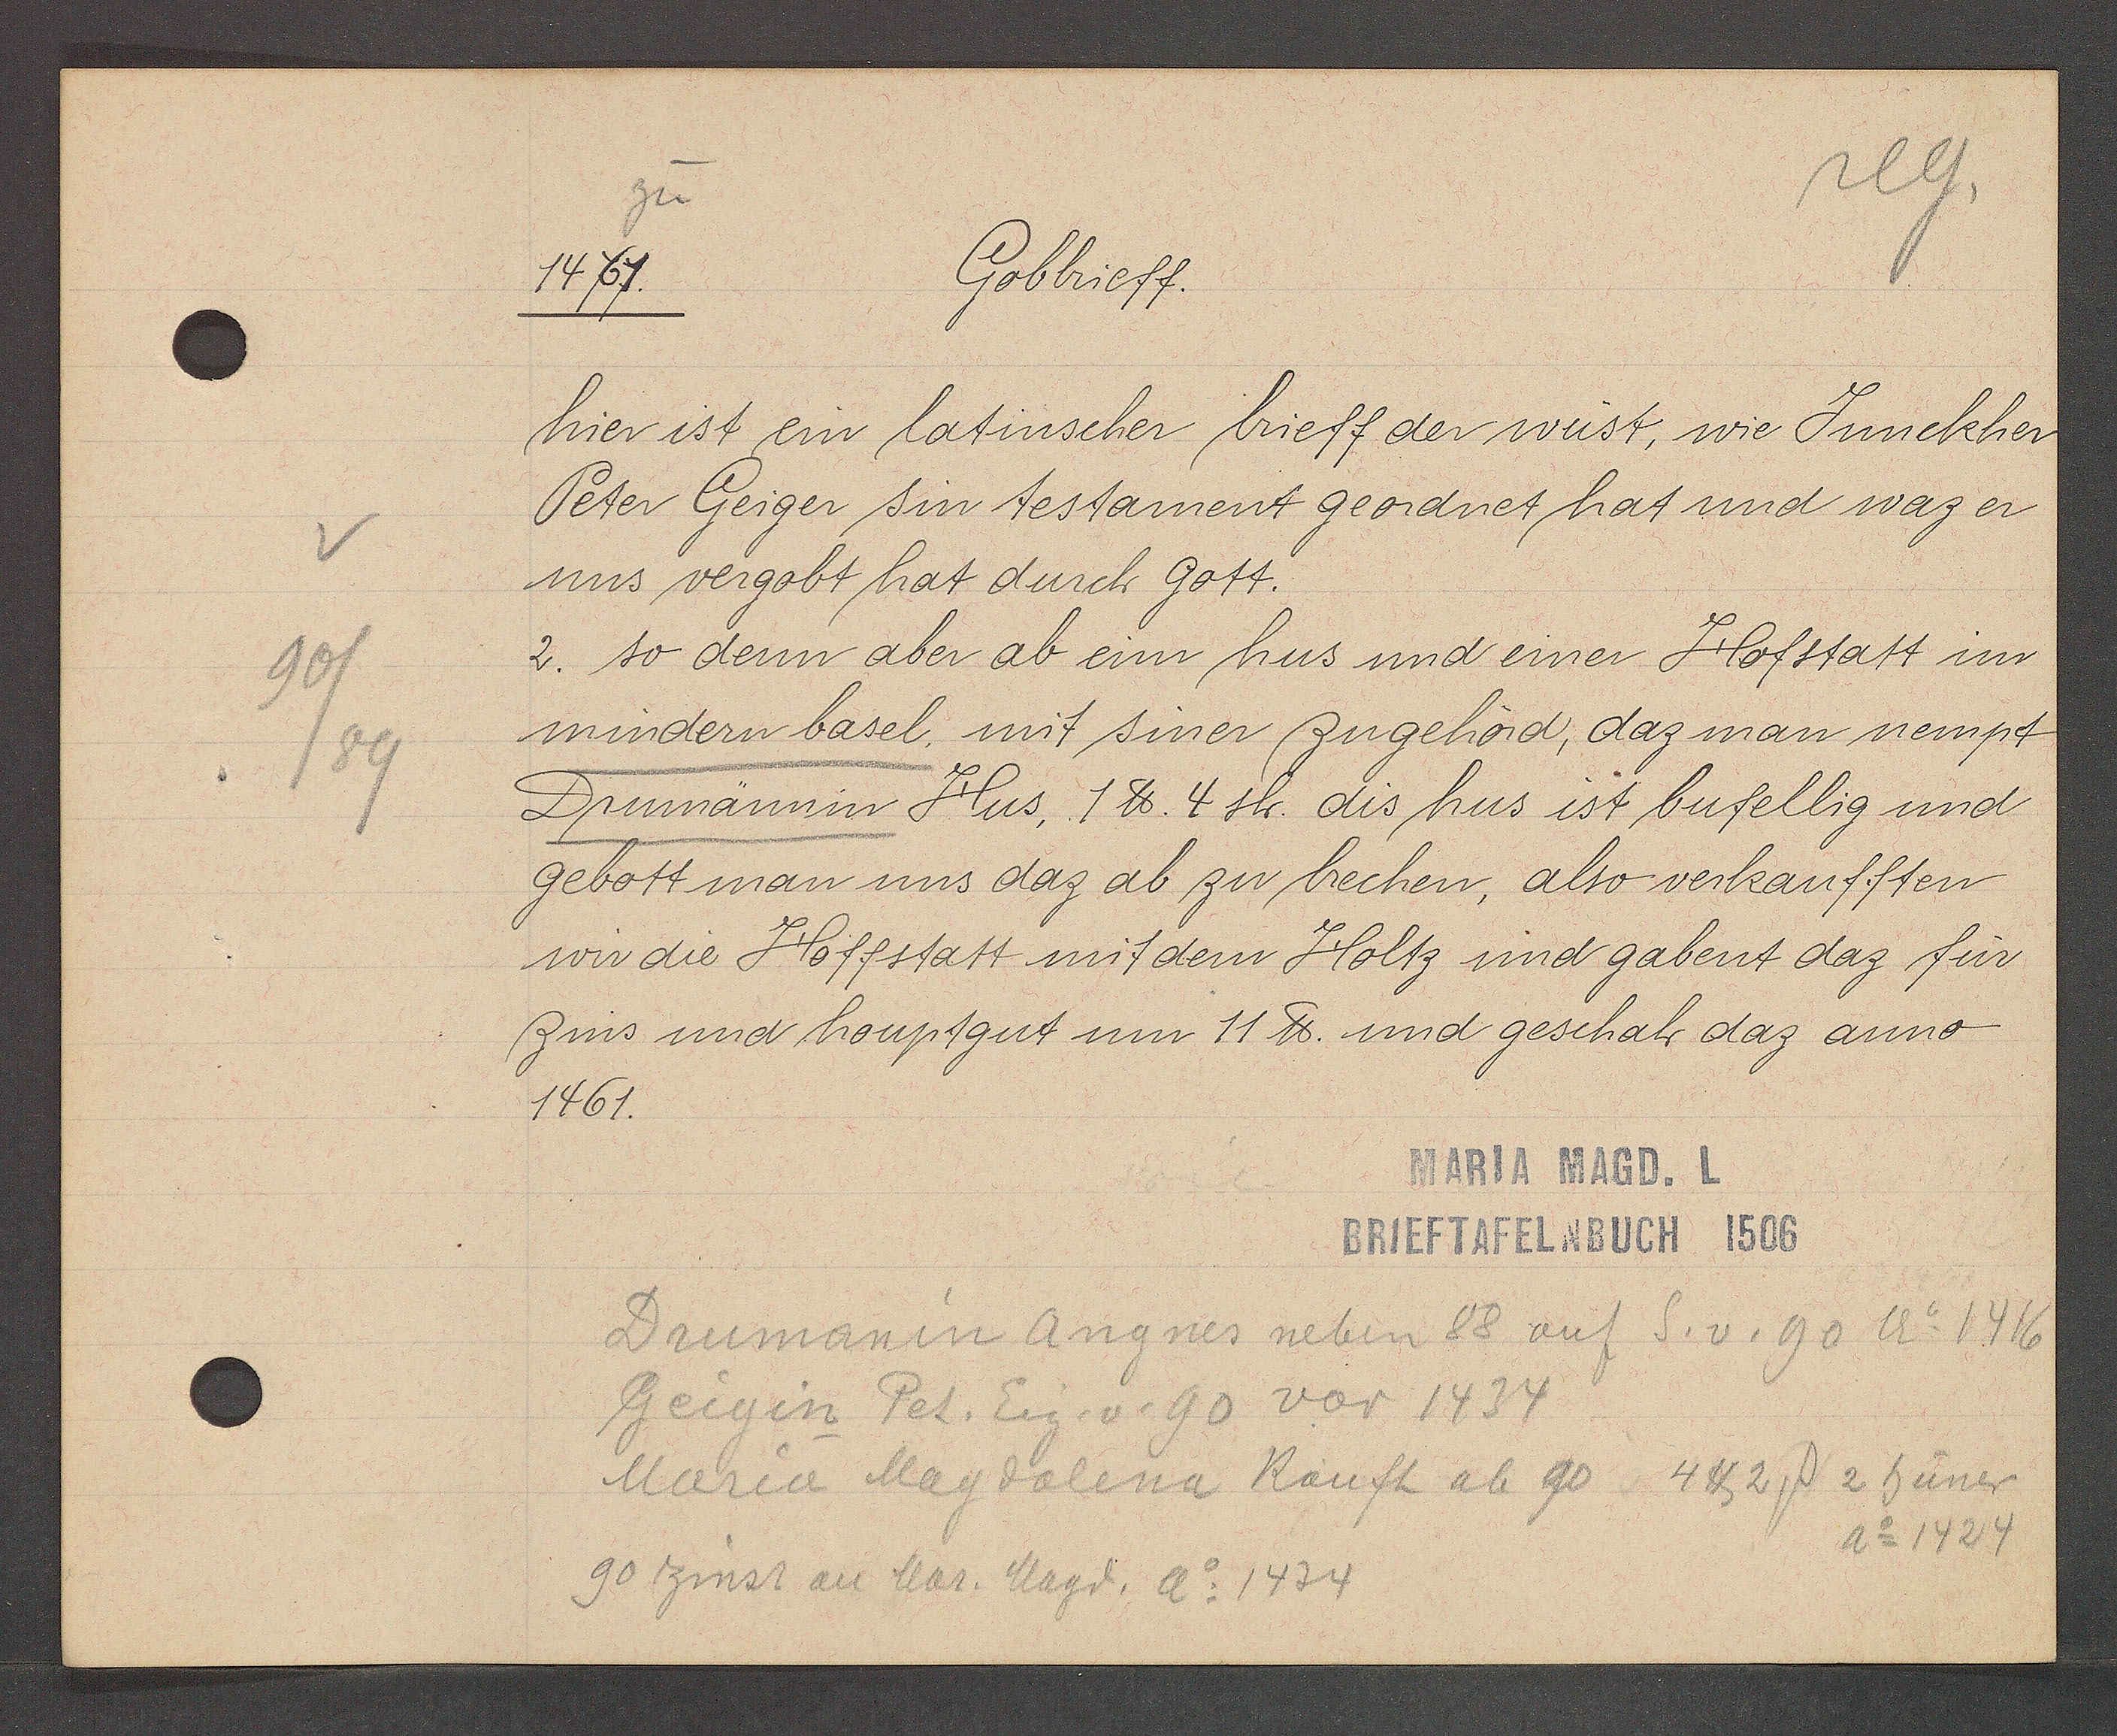
Transcript:
90
/89

zu
1461.

Gobbrieff.

hier ist ein latinscher brieff der wüst, wie Junckher
Peter Geiger sin testament geordnet hat und waz er
uns vergobt hat durch Gott.
2. so denn aber ab eim hus und einer Hofstatt im
mindern basel, mit siner zugehörd, daz man nempt
Drunnnännin Hus, 1 ℔ 4 sh. dis hus ist bufellig und
gebott man uns daz ab zu brechen, also verkaufften
wir die Hoffstatt mit dem Holtz und gabent daz für
zins und houptgut um 11 ℔. und geschah daz anno
1461.

MARIA MAGD. L
BRIEFTAFELNBUCH 1506

Drumanin Angnes neben 88 auf S. v. 90 Ao 1416
Geigin Pet. Eig. v. 90 vor 1434
Maria Magdalena Kauft ab 90 4℔ 2ß 2 hüner
Ao 1424
90 Zinst an Mar. Magd. Ao 1434